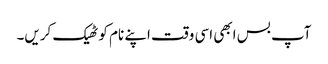
آپ بس ابھی اسی وقت اپنے نام کو ٹھیک کریں۔